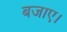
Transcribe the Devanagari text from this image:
बजाए।